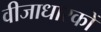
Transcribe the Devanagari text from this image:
वीजाधारकों